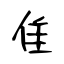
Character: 隹